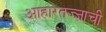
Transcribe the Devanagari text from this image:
आहारतज्‍ज्ञाची